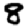
Digit: 8